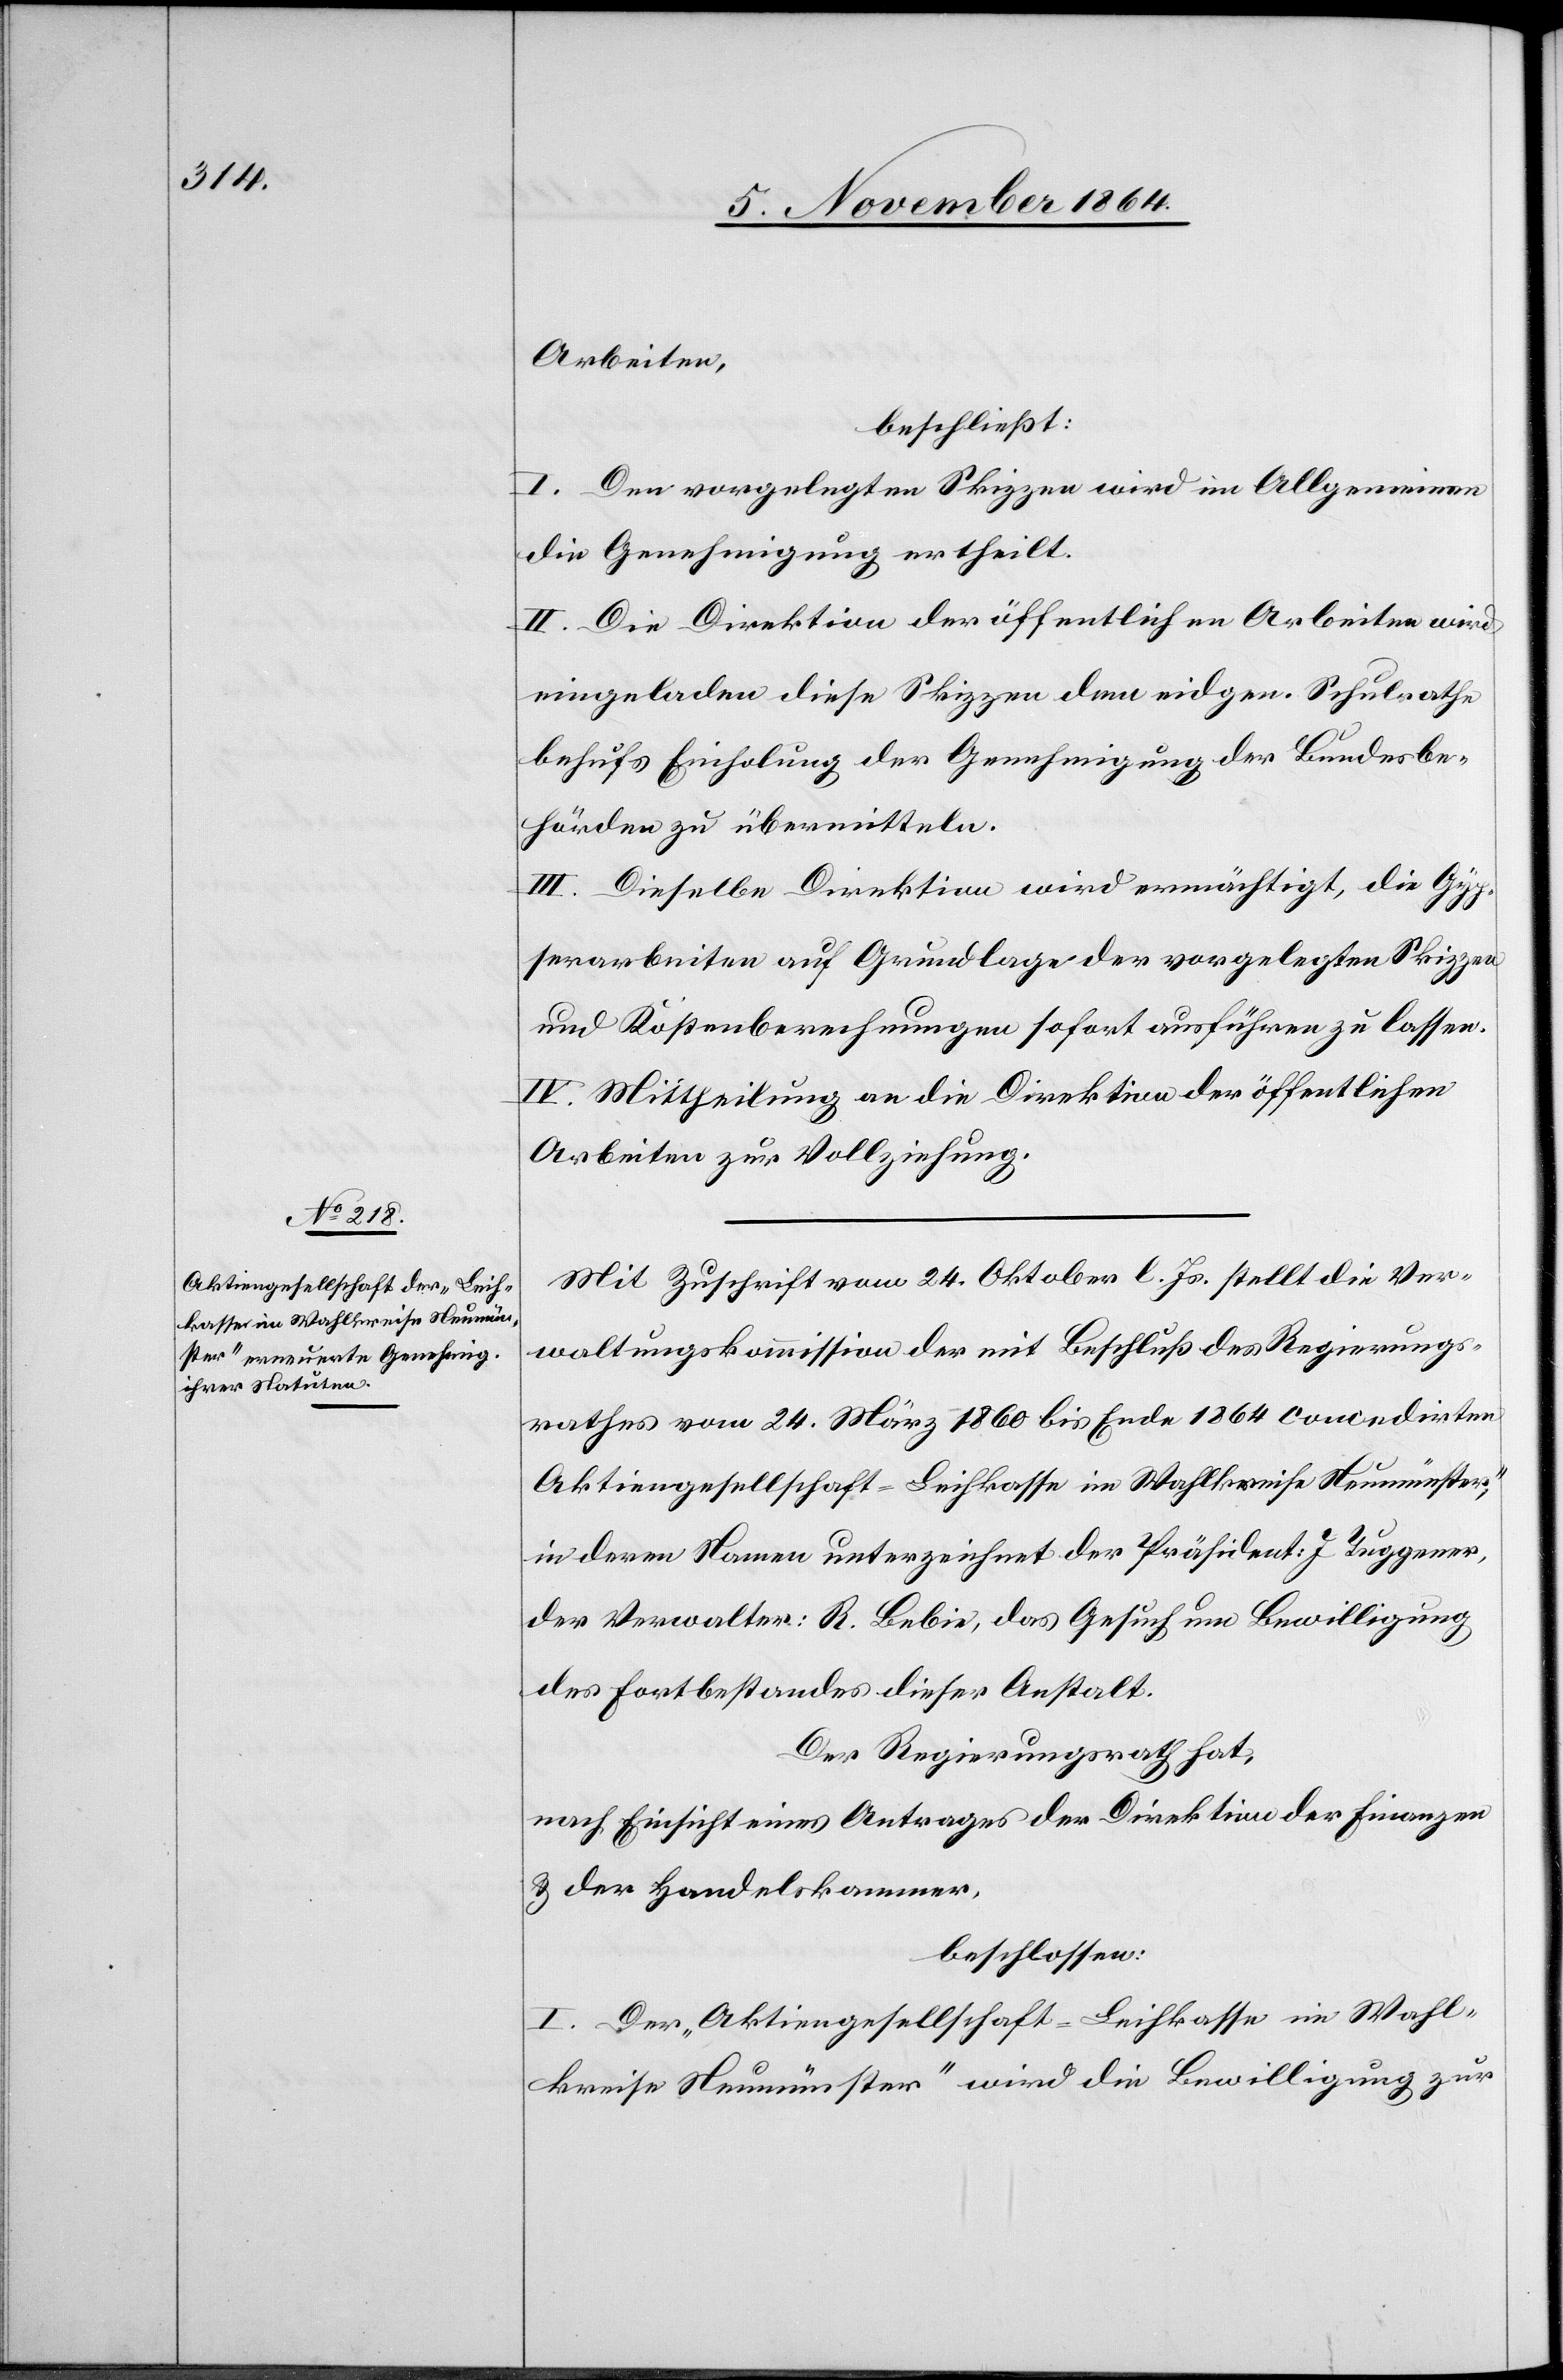
Arbeiten
beschließt:
I. Den vorgelegten Skizzen wird im Allgemeinen
die Genehmigung ertheilt.
II. Die Direktion der öffentlichen Arbeiten wird
eingeladen diese Skizzen dem eidgen. Schulrathe
behufs Einholung der Genehmigung der Bundesbe¬
hörden zu übermitteln.
III. Dieselbe Direktion wird ermächtigt, die Gyp¬
serarbeiten auf Grundlage der vorgelegten Skizzen
und Kostenberechnungen sofort ausführen zu lassen.
IV. Mittheilung an die Direktion der öffentlichen
Arbeiten zur Vollziehung.
Mit Zuschrift vom 24. Oktober l. Js. stellt die Ver¬
waltungskommission der mit Beschluß des Regierungs¬
rathes vom 24. März 1860 bis Ende 1864 concedirten
„Aktiengesellschaft-Leihkasse im Wahlkreise Neumünster“,
in deren Namen unterzeichnet der Präsident: J. Tuggener,
der Verwalter: R. Bebie, das Gesuch um Bewilligung
des Fortbestandes dieser Anstalt.
Der Regierungsrath hat,
nach Einsicht eines Antrages der Direktion der Finanzen
& der Handelskammer,
beschlossen:
I. Der „Aktiengesellschaft-Leihkasse im Wahl¬
kreise Neumünster“ wird die Bewilligung zur